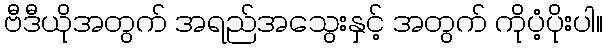
ဗီဒီယိုအတွက် အရည်အသွေးနှင့် အတွက် ကိုပံ့ပိုးပါ။